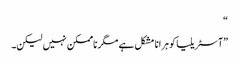
“
”آسٹریلیا کو ہرانا مشکل ہے مگر ناممکن نہیں لیکن۔